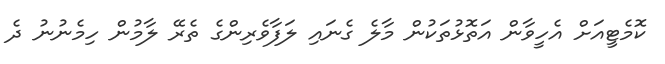
ކޮމެޓީއަށް އެހީވާން އަތޮޅުތަކުން މާލެ ގެނައި ލަފާވެރިންގެ ތެރޭ ލާމުން ހިމެނުނު ދެ